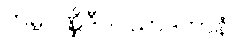
တမ္ဗပဏ္ဏိဒီပပသာဒကာနံ